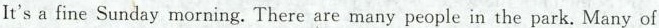
It's a fine Sunday morning. There are many people in the park. Many of